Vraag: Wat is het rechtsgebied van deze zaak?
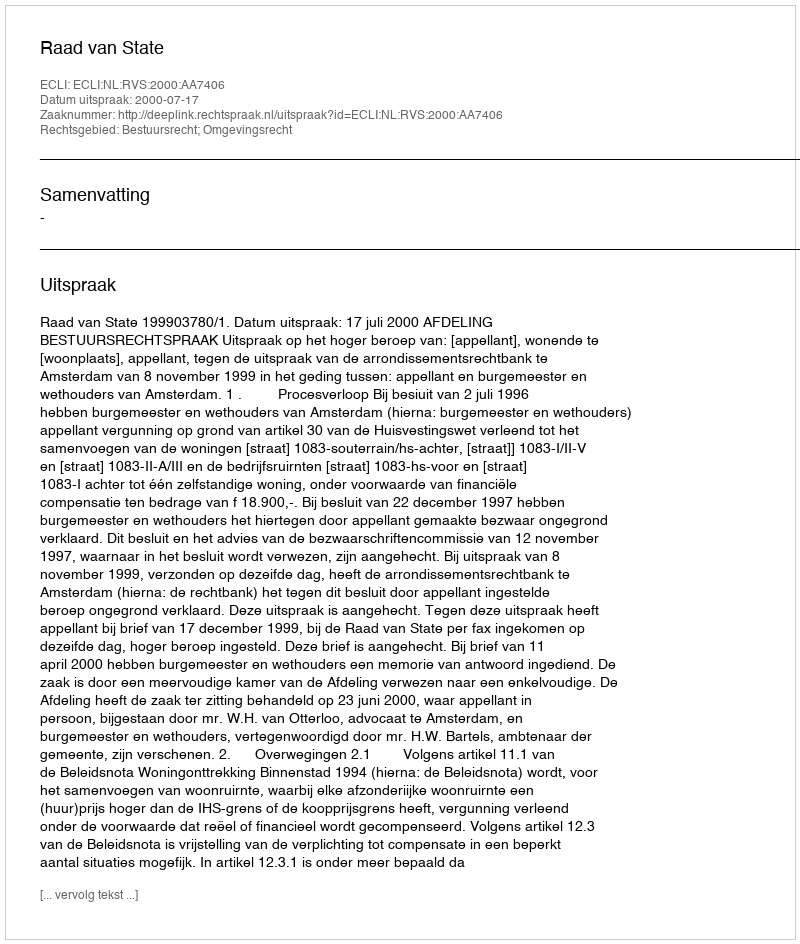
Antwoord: Bestuursrecht; Omgevingsrecht